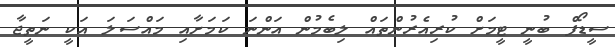
ސީޑޯފް ބުނީ ޓީމަށް ކުރިއެރުންތައް ލިބެމުން އަންނަ ކަމަށާއި މައްސަލަ އަކީ ނަތީޖާ